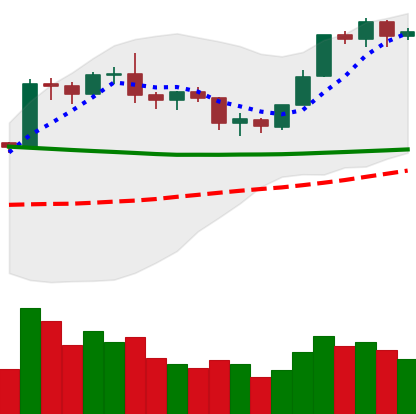
Ticker: BTC-USD
Chart end date: 2020-02-01
Forward return: 3.587%
Label: up_3_5